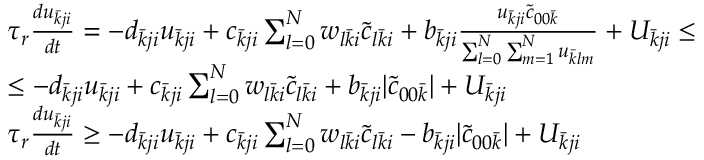
\begin{array} { r l } & { \tau _ { r } \frac { d u _ { \bar { k } j i } } { d t } = - d _ { \bar { k } j i } u _ { \bar { k } j i } + c _ { \bar { k } j i } \sum _ { l = 0 } ^ { N } w _ { l \bar { k } i } \tilde { c } _ { l \bar { k } i } + b _ { \bar { k } j i } \frac { u _ { \bar { k } j i } \tilde { c } _ { 0 0 \bar { k } } } { \sum _ { l = 0 } ^ { N } \sum _ { m = 1 } ^ { N } u _ { \bar { k } l m } } + U _ { \bar { k } j i } \leq } \\ & { \leq - d _ { \bar { k } j i } u _ { \bar { k } j i } + c _ { \bar { k } j i } \sum _ { l = 0 } ^ { N } w _ { l \bar { k } i } \tilde { c } _ { l \bar { k } i } + b _ { \bar { k } j i } | \tilde { c } _ { 0 0 \bar { k } } | + U _ { \bar { k } j i } } \\ & { \tau _ { r } \frac { d u _ { \bar { k } j i } } { d t } \geq - d _ { \bar { k } j i } u _ { \bar { k } j i } + c _ { \bar { k } j i } \sum _ { l = 0 } ^ { N } w _ { l \bar { k } i } \tilde { c } _ { l \bar { k } i } - b _ { \bar { k } j i } | \tilde { c } _ { 0 0 \bar { k } } | + U _ { \bar { k } j i } } \end{array}